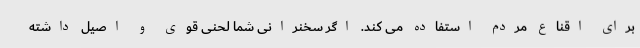
برای اقناع مردم استفاده می کند. اگر سخنرانی شما لحنی قوی و اصیل داشته